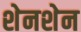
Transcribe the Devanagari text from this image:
शेनशेन